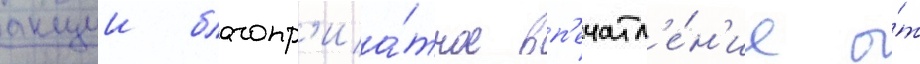
акции благопр'иа́тное вп'ечатл'е́н'ие о́т